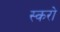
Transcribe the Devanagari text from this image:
स्करो